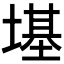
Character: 𪤏